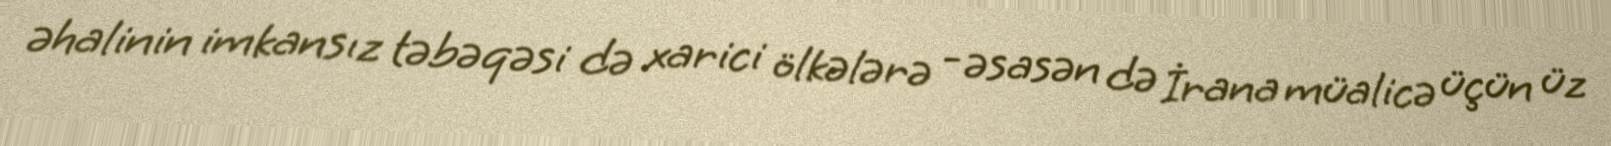
əhalinin imkansız təbəqəsi də xarici ölkələrə - əsasən də İrana müalicə üçün üz